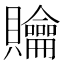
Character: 𧹊